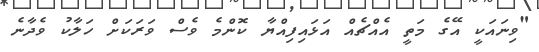
"ވިނައަކީ އޭގެ މަތީ އެއްޗެއް އަޅައިފިއްޔާ ކޮންމެ ވެސް ވަރަކަށް ހަލާކު ވެދާނެ